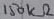
Text: 150KΩ